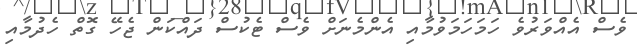
ވެސް އެއްވަރުވެ ހަމަހަމަވުމާއި އެންމެނަށް ވެސް ޓެކުސް ދައްކަން ޖެހޭ ގޮތް ހެދުމާއި